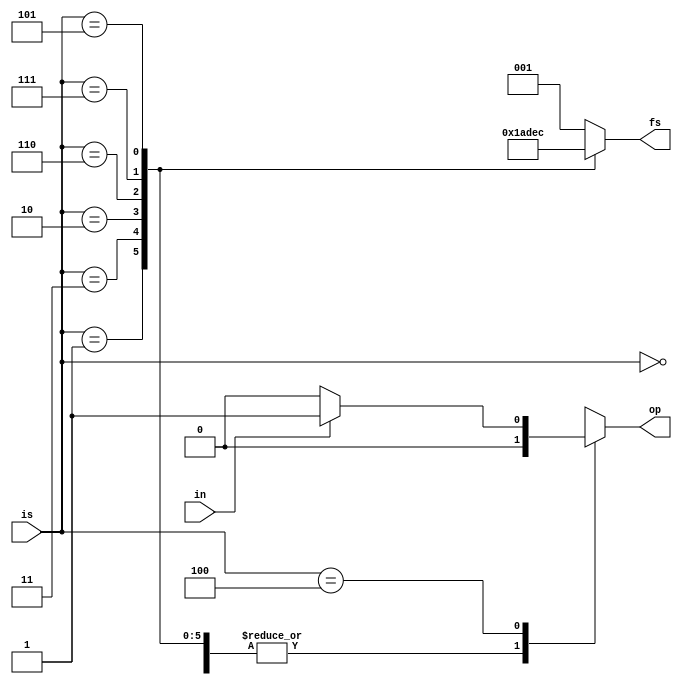
module fsm(in, is, fs, op);
    input in;
    input [2:0]is;
    output reg [2:0]fs;
    reg [2:0]st;
    output reg op;

    parameter S0=3'b000, S1=3'b001, S2=3'b011, S3=3'b010, S4=3'b110, S5=3'b111, S6=3'b101, S7=3'b100;
    always @* begin
        op=1'b0;
        case(is)
            S0: begin
                if(in==1'b1)begin
                    st=S1;
                end
            end
            S1: begin
                if(in==1'b1)begin
                    st=S2;
                end
            end
            S2: begin
                if(in==1'b1)begin
                    st=S3;
                end
            end
            S3: begin
                if(in==1'b1)begin
                    st=S4;
                end
            end
            S4: begin
                if(in==1'b1)begin
                    st=S5;
                end
            end
            S5: begin
                if(in==1'b1)begin
                    st=S6;
                end
            end
            S6: begin
                if(in==1'b1)begin
                    st=S7;
                end
            end
            S7: begin
                if(in==1'b1)begin
                    st=S1;
                    op=1'b1;
                end
            end
            default: begin
                st=S0;
            end
        endcase
        fs=st;
    end
    
endmodule